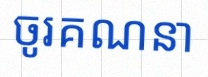
ចូរគណនា